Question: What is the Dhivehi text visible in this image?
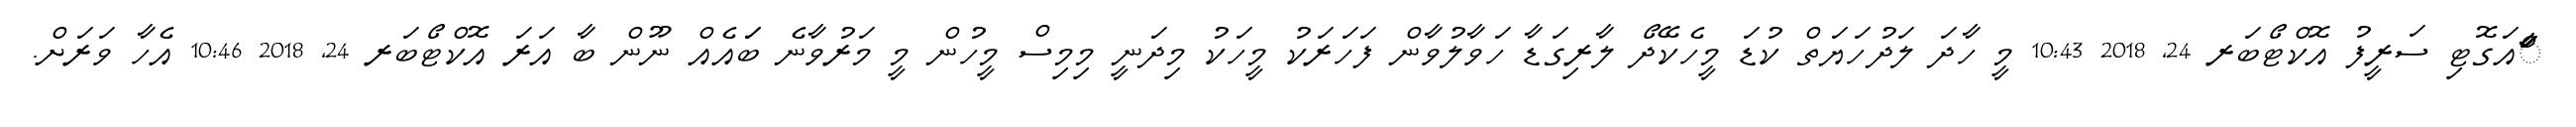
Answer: ާަަާްއަގޮޓި ސަރީފު އޮކްޓޯބަރ 24, 2018 10:43 މީ ހާދަ ލަދުހަޔަތް ކުޑަ މީހެކޭދޯ ލާރިގަޑާ ހަވާލުވާން ފަހަރަކު މީހަކު މިދަނީ މިމިސް މީހުން މީ މަރުވާނެ ބަައެއް ނޫން ބާ އަރަ އޮކްޓޯބަރ 24, 2018 10:46 އެހާ ވަރަށް.